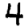
Digit: 4